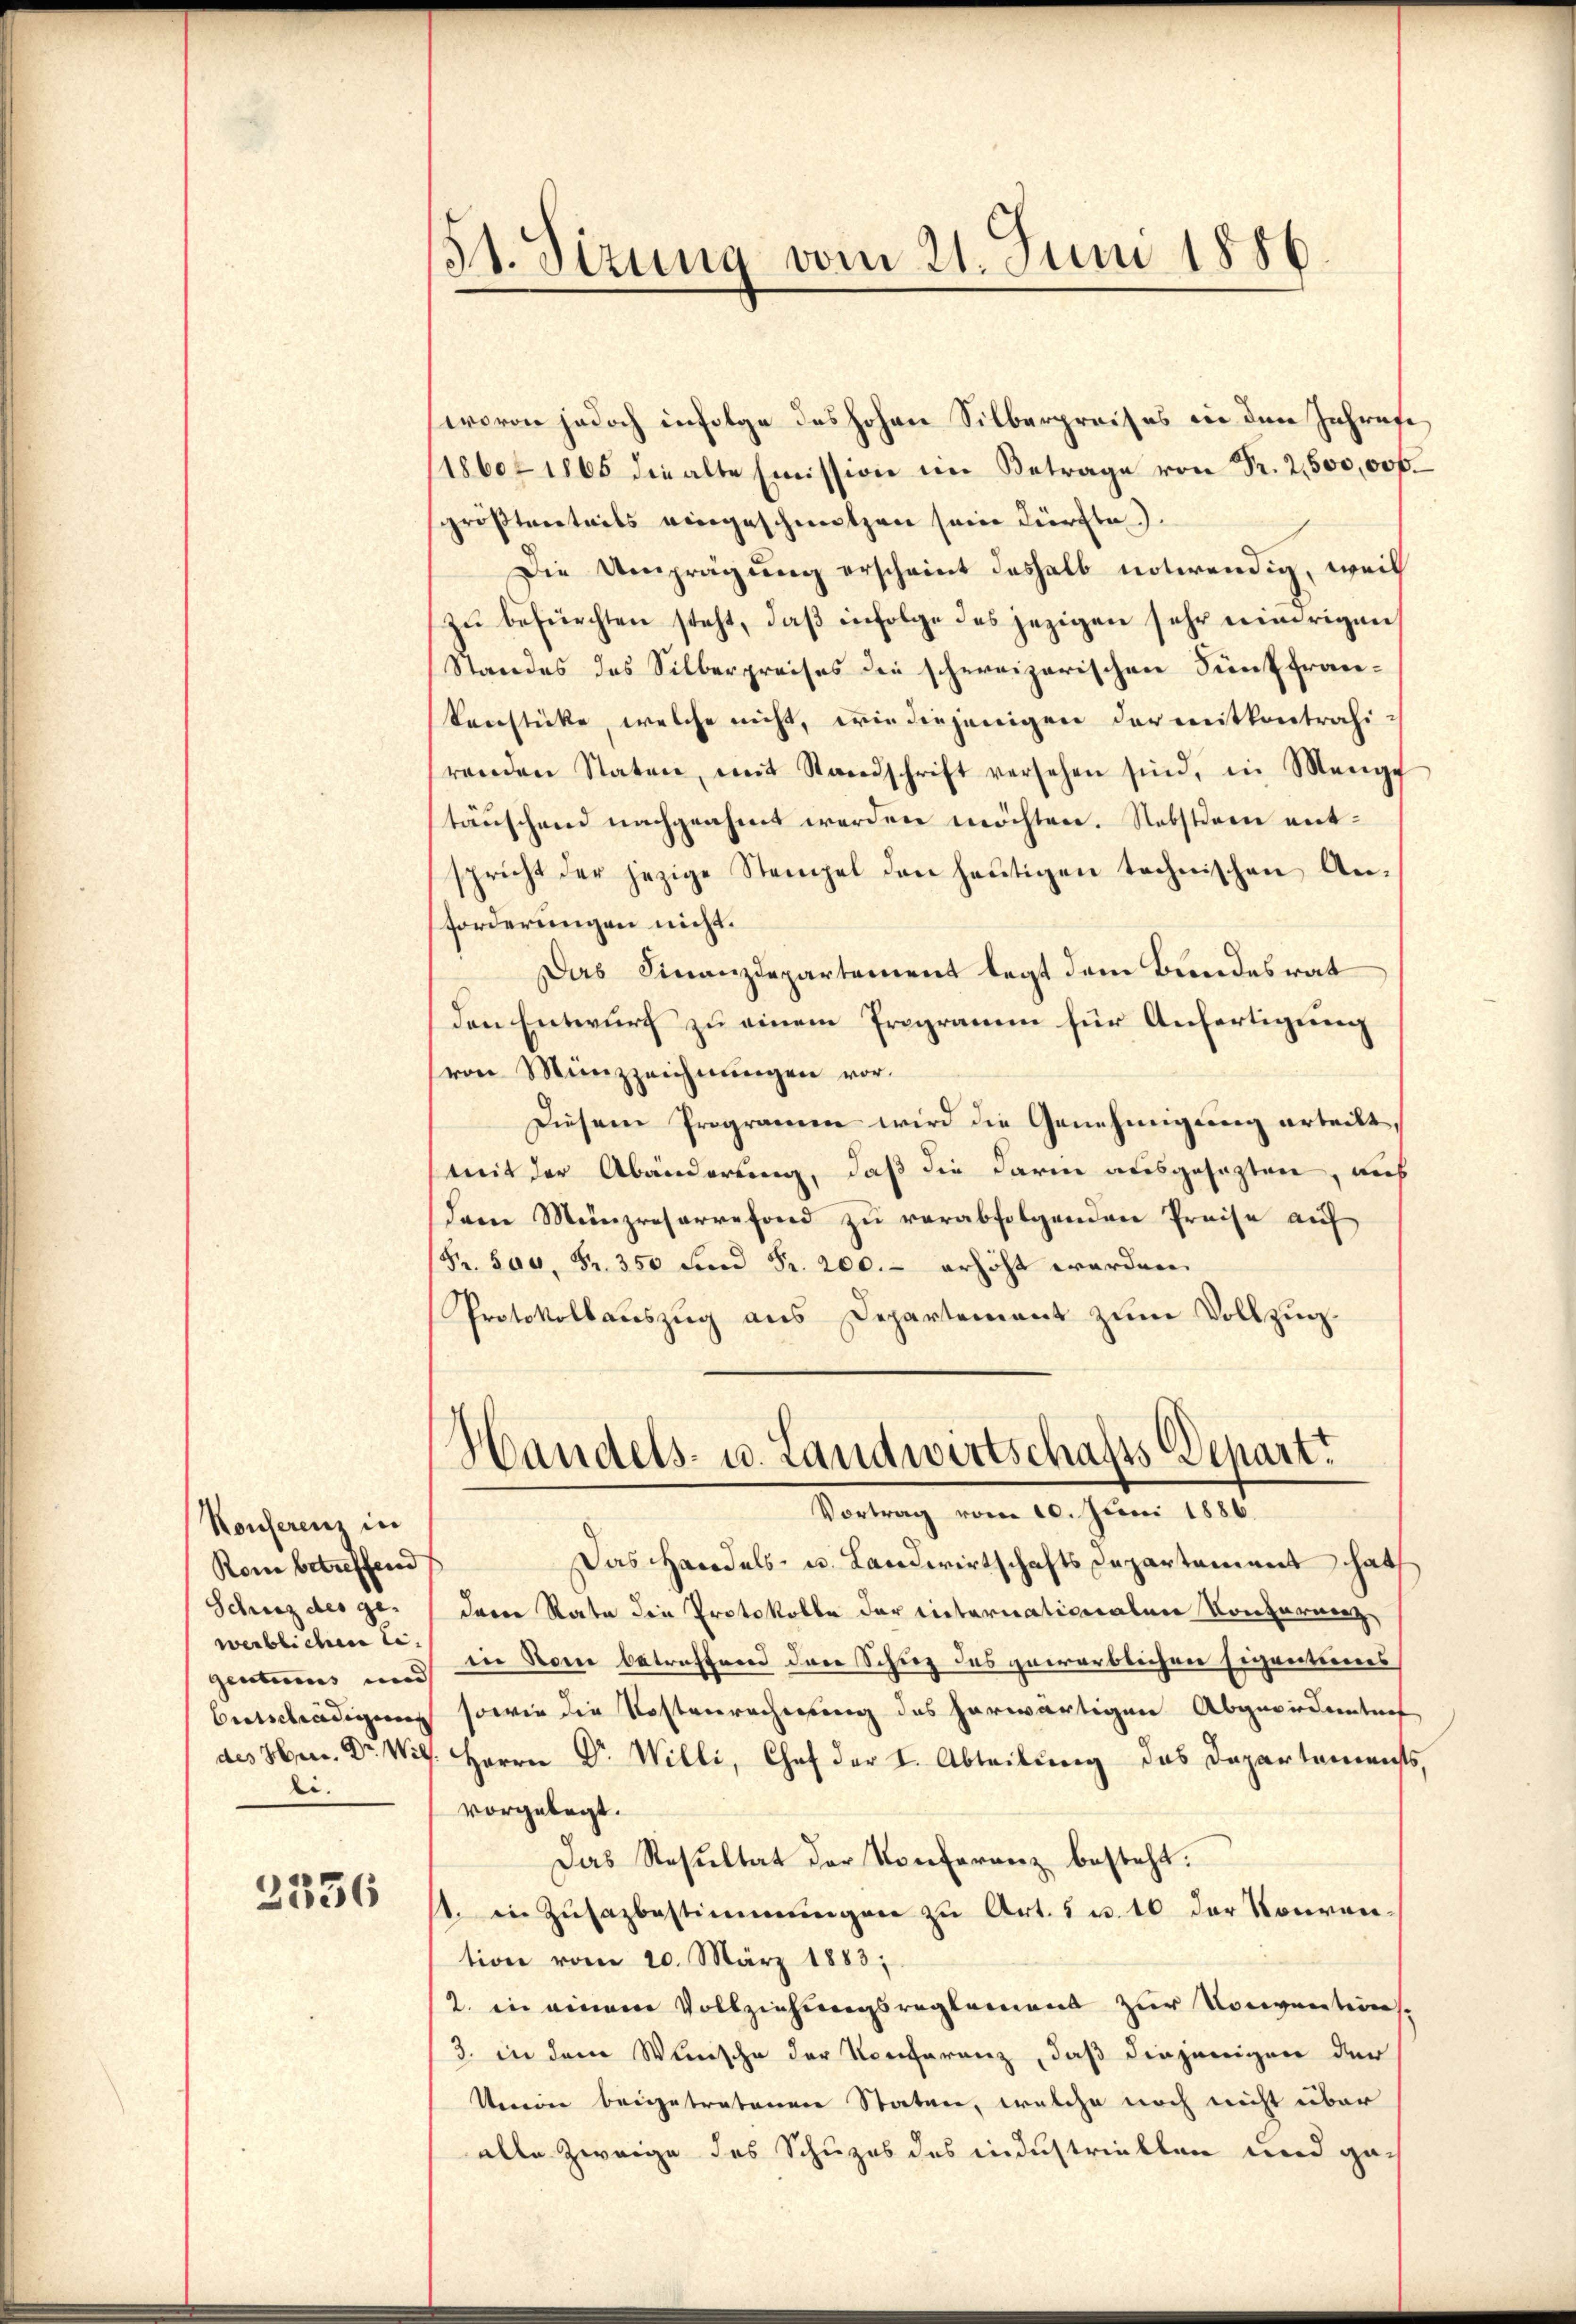
Konferenz in
Rom betreffend
Schutz des ge-
werblichen Se.
gentums und
Entschädigung
des Herr Dr. Wil
li¬

3336

51. Sizung vom 21. Juni 1886

wovon jedoch infolge des hohen Silberpreises in den Jahrete
1860, 1865 die alte Emission im Betrage von Fr. 2,500,00f.
größtentails eingeschmolzen sein dürfte.
Die Umprägung erscheint deshalb notwendig, weil
zu befürchten steht, daß infolge des jezigen sehr niedrigen
Standes des Silberpreises die schweizerischen Fünffrankenstücke, welche nicht, wie diejenigen darmitkontrahi-
renden Staten, mit Standschrift versehen sind, in Menge
täuschend nachgeahmt werden möchten. Nebstdem entspricht der jezige Stempel den heŭtigen technischen An-
forderungen nicht.
Das Finanzdepartement legt dem Bundesrat
den Entwurf zu einem Programm für Anfertigung
von Münzzeichnungen vor.
Diesem Programen wird die Genehmigung erteilt,
mit der Abänderung, daß die darin ausgesagten, auf
dem Münzresarrefond zu verabfolgenden Preise auf
Fr. 500. Fr. 350 und Fr. 200.- erhöht worden.
Protokollauszug aus Departement zum Vollzug¬
Handels- u. Landwirtschafts Depart.
Vortrag vom 10. Juni 1886.
Das Handels- u. Landwirtschaftsdepartement hat
dern Rata die Protokolle der eiternationalen Konfernerz,
in Rom betreffend dere Schuz des gewerblicheren seirectiones
sowie die Kostenrechnung des herwärtigen Abgewiedentens
Herrn Dr. Willi, Chef der I. Abteilung das Departements,
vorgelegt.
Das Resultat der Konferenz besteht.
1. in Zŭsazbestimmungen zu Art. 5 u. 10 der Konvention vom 20. März 1883;
2. in einem Vollziehungsreglement zur Conventiers
3. in dem Wunsche der Konferenz, daß diejenigen der
Seine beigetretenen Staten, welche noch nicht über
alle Zweige des Schuzes des industriellen und ga¬